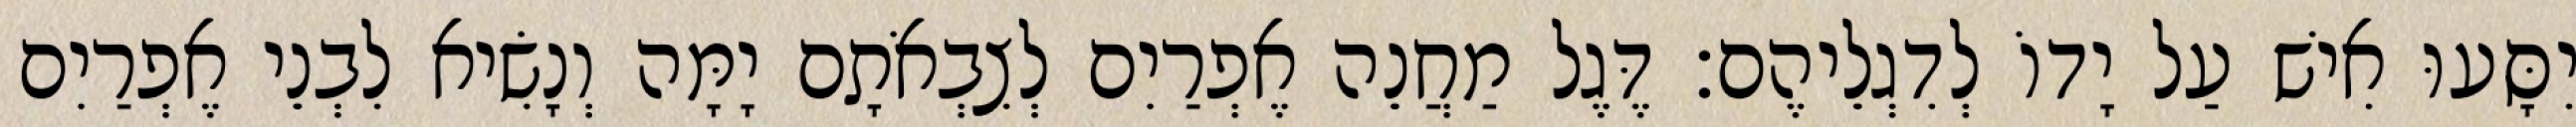
יִסָּעוּ אִישׁ עַל יָדוֹ לְדִגְלֵיהֶם׃ דֶּגֶל מַחֲנֵה אֶפְרַיִם לְצִבְאֹתָם יָמָּה וְנָשִׂיא לִבְנֵי אֶפְרַיִם